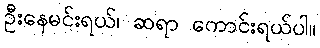
ဦးနေမင်းရယ်၊ ဆရာ ကောင်းရယ်ပါ။